Indian journal of veterinary science and animal husbandry - Volume 11,
Year: 1941
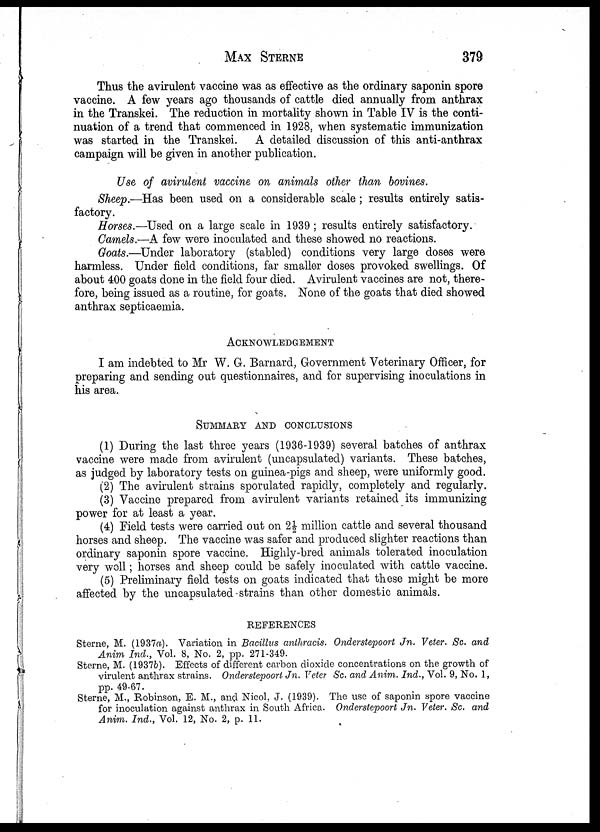
MAX STERNE 379
Thus the avirulent vaccine was as effective as the ordinary saponin spore
vaccine. A few years ago thousands of cattle died annually from anthrax
in the Transkei. The reduction in mortality shown in Table IV is the conti-
nuation of a trend that commenced in 1928, when systematic immunization
was started in the Transkei. A detailed discussion of this anti-anthrax
campaign will be given in another publication.
Use of avirulent vaccine on animals other than bovines.
Sheep.—Has been used on a considerable scale; results entirely satis-
factory.
Horses.—Used on a large scale in 1939 ; results entirely satisfactory.
Camels.—A few were inoculated and these showed no reactions.
Goats.—Under laboratory (stabled) conditions very large doses were
harmless. Under field conditions, far smaller doses provoked swellings. Of
about 400 goats done in the field four died. Avirulent vaccines are not, there-
fore, being issued as a routine, for goats. None of the goats that died showed
anthrax septicaemia.
ACKNOWLEDGEMENT
I am indebted to Mr W. G. Barnard, Government Veterinary Officer, for
preparing and sending out questionnaires, and for supervising inoculations in
his area.
SUMMARY AND CONCLUSIONS
(1) During the last three years (1936-1939) several batches of anthrax
vaccine were made from avirulent (uncapsulated) variants. These batches,
as judged by laboratory tests on guinea-pigs and sheep, were uniformly good.
(2) The avirulent strains sporulated rapidly, completely and regularly.
(3) Vaccine prepared from avirulent variants retained its immunizing
power for at least a year.
(4) Field tests were carried out on 2½ million cattle and several thousand
horses and sheep. The vaccine was safer and produced slighter reactions than
ordinary saponin spore vaccine. Highly-bred animals tolerated inoculation
very well ; horses and sheep could be safely inoculated with cattle vaccine.
(5) Preliminary field tests on goats indicated that these might be more
affected by the uncapsulated strains than other domestic animals.
REFERENCES
Sterne, M. (1937a). Variation in Bacillus anthracis. Onderstepoort Jn. Veter. Sc. and
Anim Ind., Vol. 8, No. 2, pp. 271-349.
Sterne, M. (1937b). Effects of different carbon dioxide concentrations on the growth of
virulent anthrax strains. Onderstepoort Jn. Veter Sc. and Anim. Ind., Vol. 9, No. 1,
pp. 49-67.
Sterne, M., Robinson, E. M., and Nicol, J. (1939). The use of saponin spore vaccine
for inoculation against anthrax in South Africa. Onderstepoort Jn. Veter. Sc. and
Anim. Ind., Vol. 12, No. 2, p. 11.